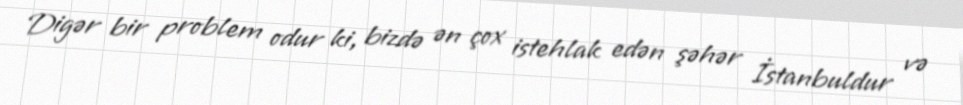
Digər bir problem odur ki, bizdə ən çox istehlak edən şəhər İstanbuldur və